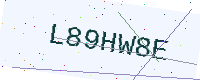
Text: L89HW8E